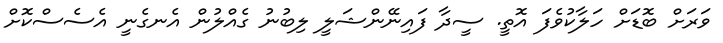
ވަރަށް ބޮޑަށް ހަލާކުވެފަ އޮތީ. ސީދާ ފައިނޭންޝަލީ ލިބުނު ގެއްލުން އެނގެނީ އެސެސްކޮށް